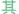
其